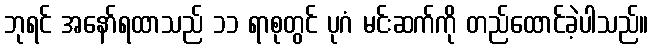
ဘုရင် အနော်ရထာသည် ၁၁ ရာစုတွင် ပုဂံ မင်းဆက်ကို တည်ထောင်ခဲ့ပါသည်။